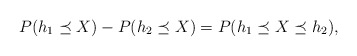
\begin{align*}P(h_1\preceq X)-P(h_2 \preceq X)=P(h_1 \preceq X \preceq h_2),\end{align*}